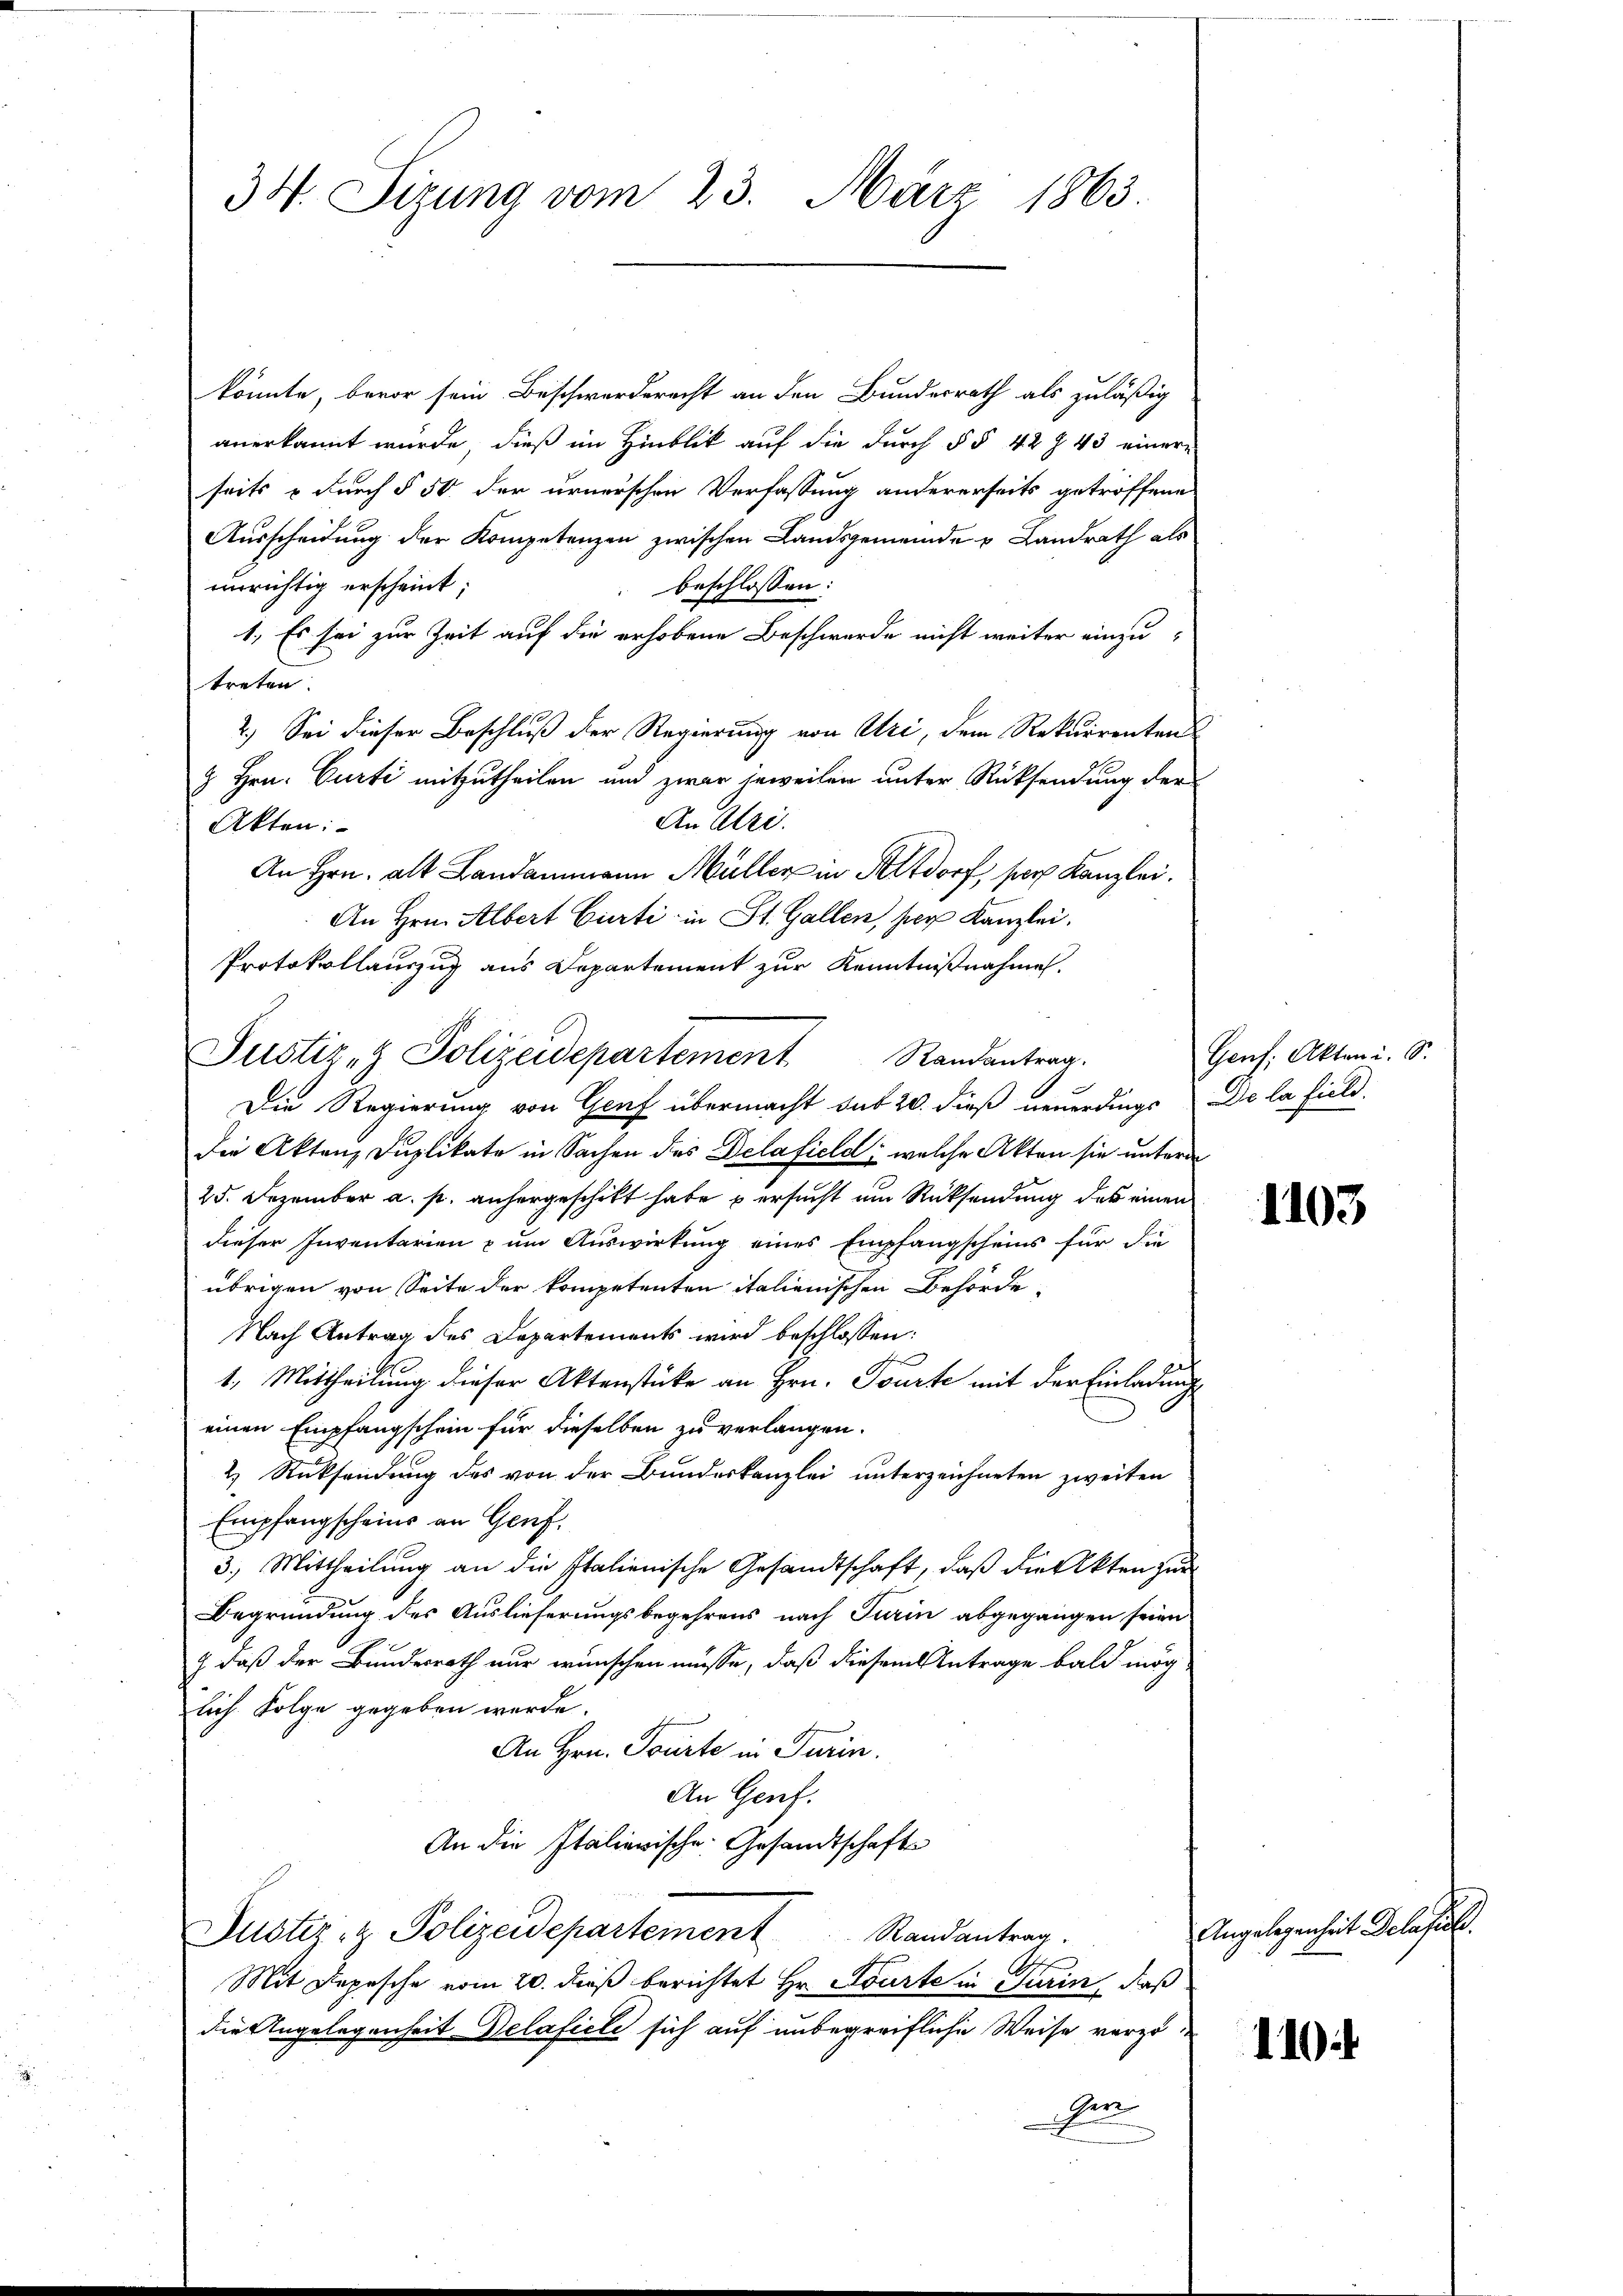
34. Sizung vom 23. März 1863.

könnte, bevor sein Beschwerderecht an den Bundesrath als zuläßig
anerkannt wurde, dieß im Hinblick auf die durch § § 42 § 43 einer
seits & durch § 50 der urnerschen Verfassung andererseits getroffene
Ausscheidung der Kompetenzen zwischen Landsgemeinde u Landrath als
unrichtig erscheint;
beschlossen:
1., Es sei zur Zeit auf die erhobene Beschwerde nicht weiter einzu-
treten
2.) Sei dieser Beschluß der Regierung von Uri, dem Rekurrentens
& Hrn. Curti mitzutheilen und zwar jeweilen unter Rücksendung der
An Atri.
Akten:
An Hrn. alt Landammann Müller in Altdorf per Kanzlei.
An Hrn. Albert Curti in St. Gallen, per Kanzlei.
Protokollauszug aus Departement zur Kenntnißnahme.

Justiz- & Polizeidepartement Randantrag.

Die Regierung von Genf übermacht das 20. dieß neuerdings De la field.
die Akten Duplikate in Sachen des Delafield; welche Akten sie unterde
25. Dezember a. p. anhergeschikt habe ersucht um Rücksendung des einen
dieser Inventarien zum Auswirkung eines Empfangscheins für die
übrigen von Seite der kompetenten italienischen Behörde
Nach Antrag des Departements wird beschlossen:
e
1. Mittheilung dieser Aktenstücke an Hrn. Tourte mit der Einladung
einen Empfangschein für dieselben zu verlangen.
2 Rücksendung des von der Bundeskanzlei unterzeichneten zweiten
Empfangscheins an Genf.
3.) Mittheilung an die Italienische Gesandtschaft, daß die Akten zur
Begründung des Auslieferungsbegehrens nach Turin abgegangen seien
) daß der Bundesrath nur wünschen müsse, daß diesem Antrage bald mög
lich Folge gegeben werde.
An Hrn. Tourte in Turin.
An Genf.
An die Italierische Gesandtschafte
Justiz- & Polizeidepartement Randantrag.
Mit Depesche vom 20. dieß berichtet Hr. Sourte in Turin, daß
die Angelegenheit Delafiele sich auf unbegreifliche Weise vorzuden

Gens: Akten i. S.

1103.

Angelegenheit Delafule.

110